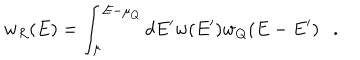
w _ { R } ( E ) = \int _ { \mu } ^ { E - \mu _ { Q } } d E ^ { \prime } w ( E ^ { \prime } ) w _ { Q } ( E - E ^ { \prime } ) .